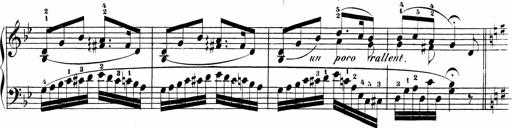
Title: Sonatinen Op.47, 98 und 136, nebst 6 Liedersonatinen
Composer: Carl Reinecke